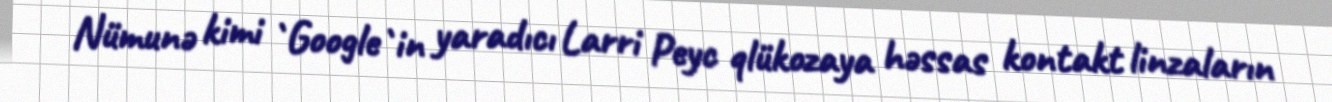
Nümunə kimi `Google`in yaradıcı Larri Peyc qlükozaya həssas kontakt linzaların